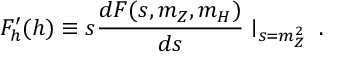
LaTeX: F _ { h } ^ { \prime } ( h ) \equiv s \frac { d F ( s , m _ { Z } , m _ { H } ) } { d s } \mid _ { s = m _ { Z } ^ { 2 } } \; .